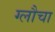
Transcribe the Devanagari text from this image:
ग्लौचा